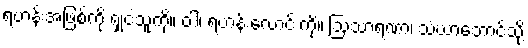
ရဟန်းအဖြစ်ကို ရှုငဲ့သူကို။ ဝါ၊ ရဟန်းလောင်းကို။ ဩသာရဏာ၊ သံဃာ့ဘောင်သို့